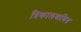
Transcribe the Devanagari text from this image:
त्रिकालबाधित